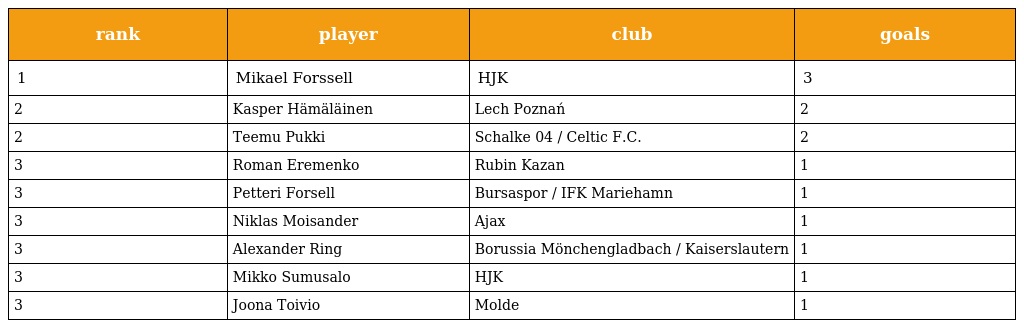
| rank | player | club | goals |
 | --- | --- | --- | --- |
 | 1 | Mikael Forssell | HJK | 3 |
 | 2 | Kasper Hämäläinen | Lech Poznań | 2 |
 | 2 | Teemu Pukki | Schalke 04 / Celtic F.C. | 2 |
 | 3 | Roman Eremenko | Rubin Kazan | 1 |
 | 3 | Petteri Forsell | Bursaspor / IFK Mariehamn | 1 |
 | 3 | Niklas Moisander | Ajax | 1 |
 | 3 | Alexander Ring | Borussia Mönchengladbach / Kaiserslautern | 1 |
 | 3 | Mikko Sumusalo | HJK | 1 |
 | 3 | Joona Toivio | Molde | 1 |